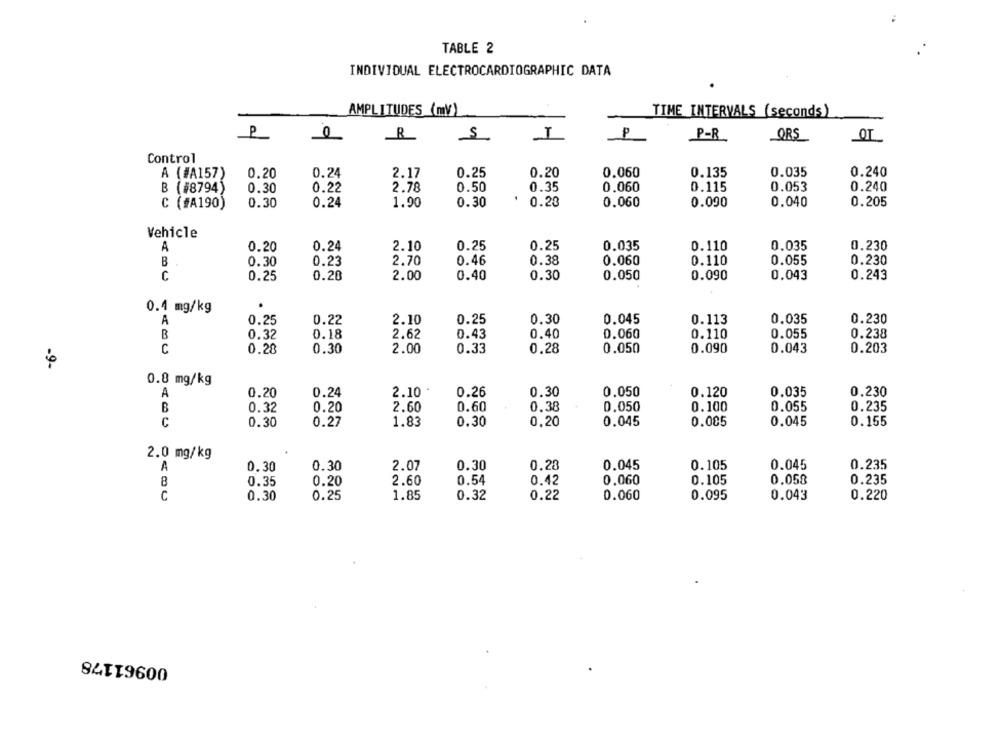
TABLE 2
INDIVIDUAL ELECTROCARDIOGRAMIC DATA
AMPLITUDES (mV)
TIME INTERVALS (seconds)
P
P
R
s
P-R
ORS
OL
Control
A (#A157)
0.20
0.24
2.17
0.25
0.20
0,060
0.135
0.035
0.240
B (#8794)
0.30
0.22
2.78
0.50
0.35
0.060
0.115
0.053
0.240
C (#A190)
0.30
0.24
1.90
0.30
0.28
0.060
0.090
0.040
0.205
Vehicle
0.035
A
0.20
0.24
2.10
0.25
0.25
0.035
0.110
0.230
0.110
0.055
B
0.30
0.23
2.70
0.46
0.38
0.060
0.230
C
0.25
0.20
2.00
0.40
0.30
0.050
0.090
0.043
0.243
0.4 mg/kg
A
0.22
2.10
0.25
0.30
0.045
0.113
0.035
0.230
0.25
B
0.18
2.62
0.43
0.40
0.110
0.055
0.238
0.32
0.060
C
0.28
0.30
2.00
0.33
0.28
0.050
0.090
0.043
0.203
-9-
0.8 mg/kg
A
0.20
0.24
2.10
0.26
0.30
0.050
0.120
0.035
0.230
B
0.32
0.20
2.60
0.60
0.38
0,050
0.100
0.055
0.235
C
0.30
0.27
1.83
0.30
0,20
0.045
0.005
0.045
0.155
2.0 mg/kg
A
0.30
0.30
2.07
0.30
0.28
0.045
0.105
0.045
0.235
0.35
0.20
2.60
0.54
0.42
0.060
0.105
0.058
0.235
C
0.30
0.25
1.85
0.32
0.22
0.060
0.095
0.043
0.220
00961178